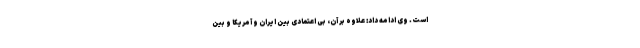
است. وی ادامه داد: علاوه بر آن، بی اعتمادی بین ایران و آمریکا و بین